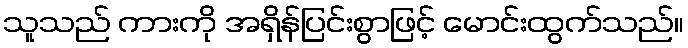
သူသည် ကားကို အရှိန်ပြင်းစွာဖြင့် မောင်းထွက်သည်။